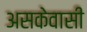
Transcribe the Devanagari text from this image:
असकेवासी